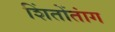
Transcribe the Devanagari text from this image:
शिंतोंतांग